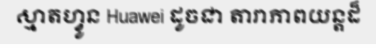
ស្មាតហ្វូន Huawei ដូចជា តារាភាពយន្តដ៏